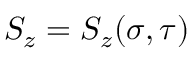
S _ { z } = S _ { z } ( \sigma , \tau )